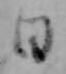
日